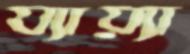
য্যায়্যা